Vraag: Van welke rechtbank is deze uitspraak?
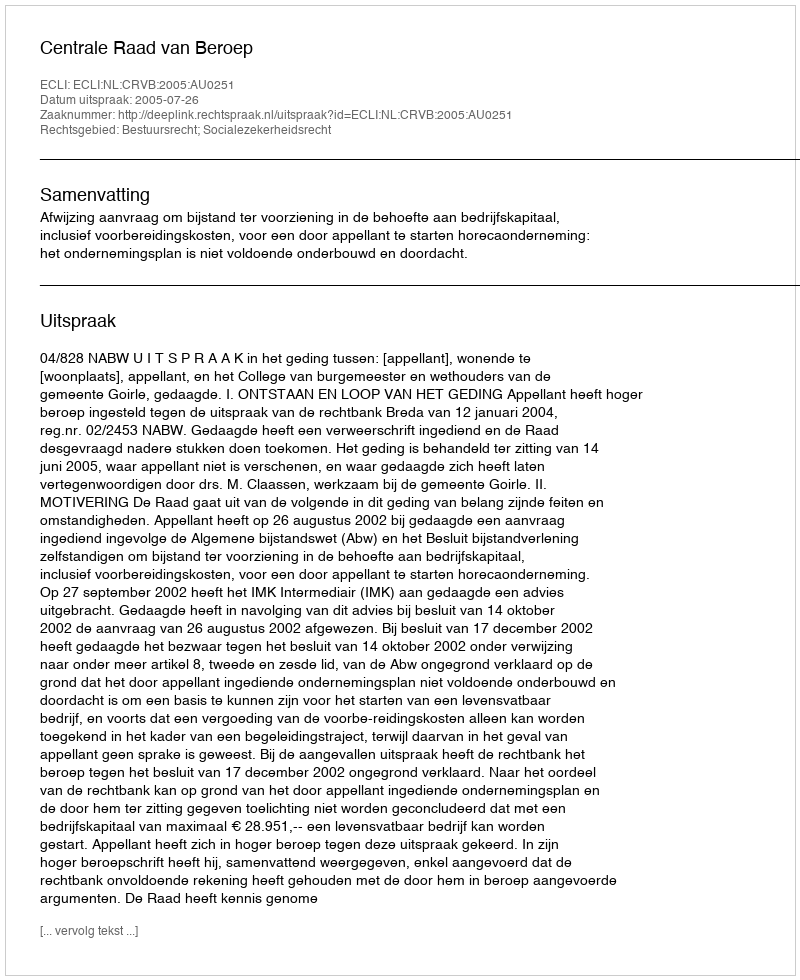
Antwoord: Centrale Raad van Beroep